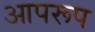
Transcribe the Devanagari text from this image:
आपरूप